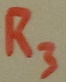
Text: R3